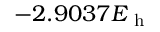
- 2 . 9 0 3 7 E _ { \mathrm { ~ h ~ } }